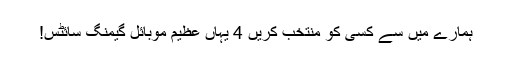
ہمارے میں سے کسی کو منتخب کریں 4 یہاں عظیم موبائل گیمنگ سائٹس!